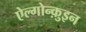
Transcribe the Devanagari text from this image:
ऐल्गोन्क़ुइन